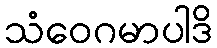
သံဝေဂမာပါဒိ